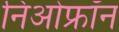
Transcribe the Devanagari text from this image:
निओफ्रॉन